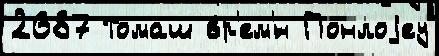
2687 Томаш вр'ем'́н Понлоjеу